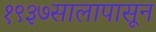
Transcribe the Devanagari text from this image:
१९३७सालापासून